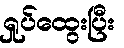
ရှုပ်ထွေးပြီး